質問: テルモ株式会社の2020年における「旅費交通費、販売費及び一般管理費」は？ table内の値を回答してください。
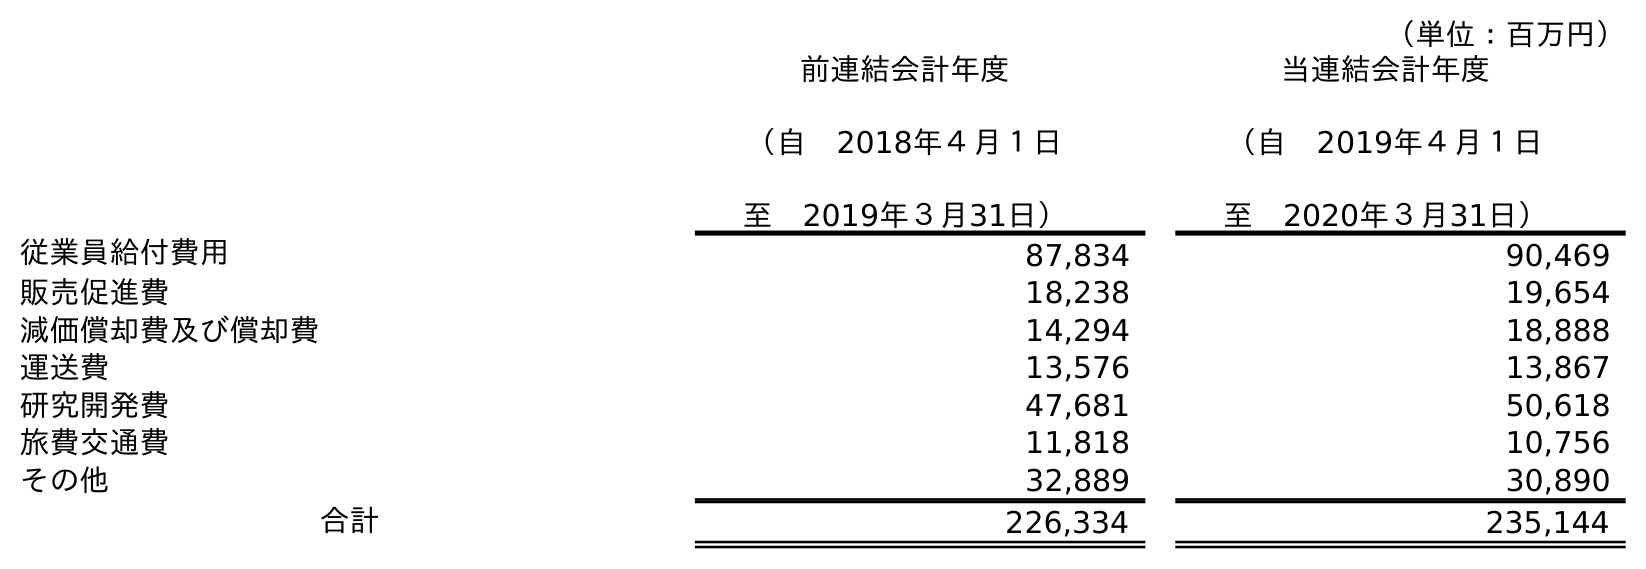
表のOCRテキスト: （単位：百万円） 前連結会計年度 （自 2018年４月１日 至 2019年３月31日） 当連結会計年度 （自 2019年４月１日 至 2020年３月31日） 従業員給付費用 87,834 90,469 販売促進費 18,238 19,654 減価償却費及び償却費 14,294 18,888 運送費 13,576 13,867 研究開発費 47,681 50,618 旅費交通費 11,818 10,756 その他 32,889 30,890 合計 226,334 235,144
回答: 10,756